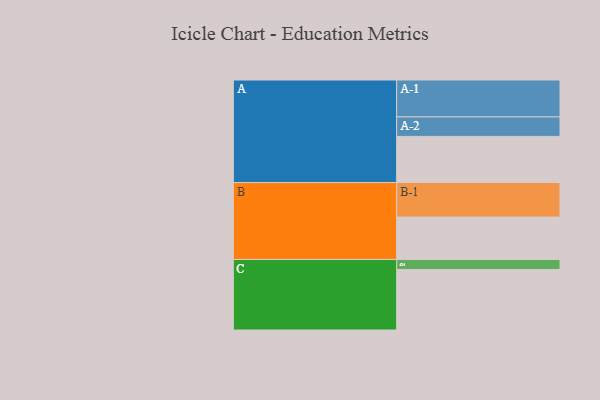
{"axis": {"x": "Segment", "y": "Value"}, "legend": ["", "A", "B", "C"], "data": [{"x": "A", "y": 337, "type": ""}, {"x": "B", "y": 310, "type": ""}, {"x": "C", "y": 441, "type": ""}, {"x": "A-1", "y": 270, "type": "A"}, {"x": "A-2", "y": 142, "type": "A"}, {"x": "B-1", "y": 252, "type": "B"}, {"x": "C-1", "y": 74, "type": "C"}]}